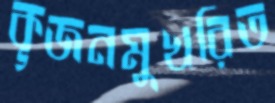
কূজনমুখরিত